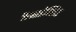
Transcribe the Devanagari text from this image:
कैनाडेन्सिस